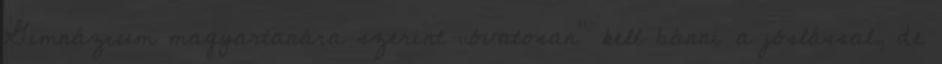
Gimnázium magyartanára szerint „óvatosan” kell bánni a jóslással, de